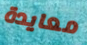
معايدة